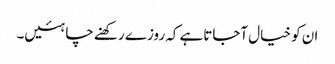
ان کو خیال آجاتاہے کہ روزے رکھنے چاہئیں۔